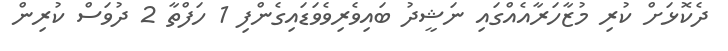
ދެކޮޅަށް ކުރި މުޒާހަރާއެއްގައި ނަޝީދު ބައިވެރިވެވަޑައިގެންފި 1 ހަފްތާ 2 ދުވަސް ކުރިން